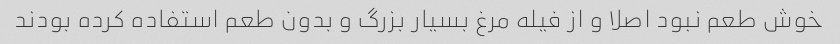
خوش طعم نبود اصلا و از فیله مرغ بسیار بزرگ و بدون طعم استفاده کرده بودند